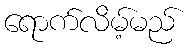
ရောက်လိမ့်မည်